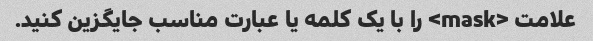
علامت <mask> را با یک کلمه یا عبارت مناسب جایگزین کنید.